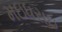
મઇધરાઇ